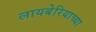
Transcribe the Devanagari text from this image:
लायबेरियाच्या